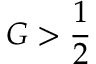
G > \frac { 1 } { 2 }